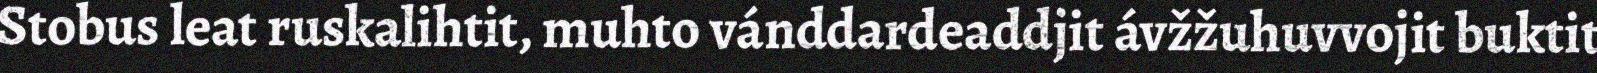
Stobus leat ruskalihtit, muhto vánddardeaddjit ávžžuhuvvojit buktit